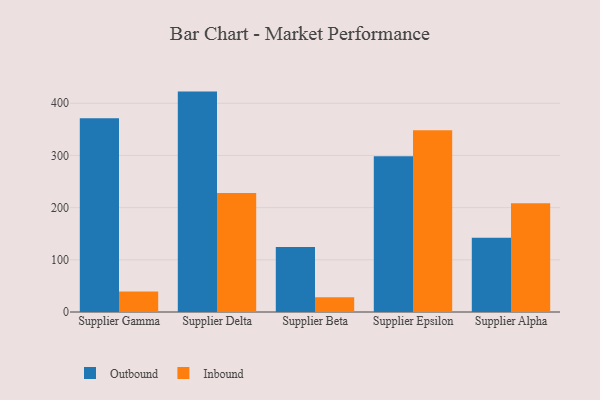
{"axis": {"x": "Supplier", "y": "Tickets Resolved"}, "legend": ["Inbound", "Outbound"], "data": [{"x": "Supplier Gamma", "y": 371.5, "type": "Outbound"}, {"x": "Supplier Gamma", "y": 39.2, "type": "Inbound"}, {"x": "Supplier Delta", "y": 422.4, "type": "Outbound"}, {"x": "Supplier Delta", "y": 228.1, "type": "Inbound"}, {"x": "Supplier Beta", "y": 124.8, "type": "Outbound"}, {"x": "Supplier Beta", "y": 28.3, "type": "Inbound"}, {"x": "Supplier Epsilon", "y": 298.7, "type": "Outbound"}, {"x": "Supplier Epsilon", "y": 348.2, "type": "Inbound"}, {"x": "Supplier Alpha", "y": 142.1, "type": "Outbound"}, {"x": "Supplier Alpha", "y": 208.4, "type": "Inbound"}]}